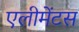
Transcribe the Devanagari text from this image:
एलीमेंटस